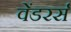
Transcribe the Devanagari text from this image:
वेंडरर्स